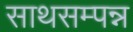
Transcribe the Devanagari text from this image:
साथसम्पन्न